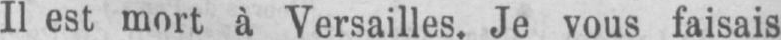
Il est mort à Versailles. Je vous faisais